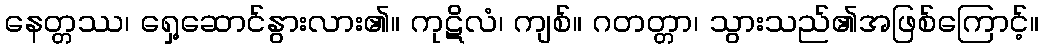
နေတ္တဿ၊ ရှေ့ဆောင်နွားလား၏။ ကုဋိလံ၊ ကျစ်။ ဂတတ္တာ၊ သွားသည်၏အဖြစ်ကြောင့်။